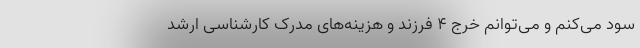
سود می‌کنم و می‌توانم خرج 4 فرزند و هزینه‌های مدرک کارشناسی ارشد‌